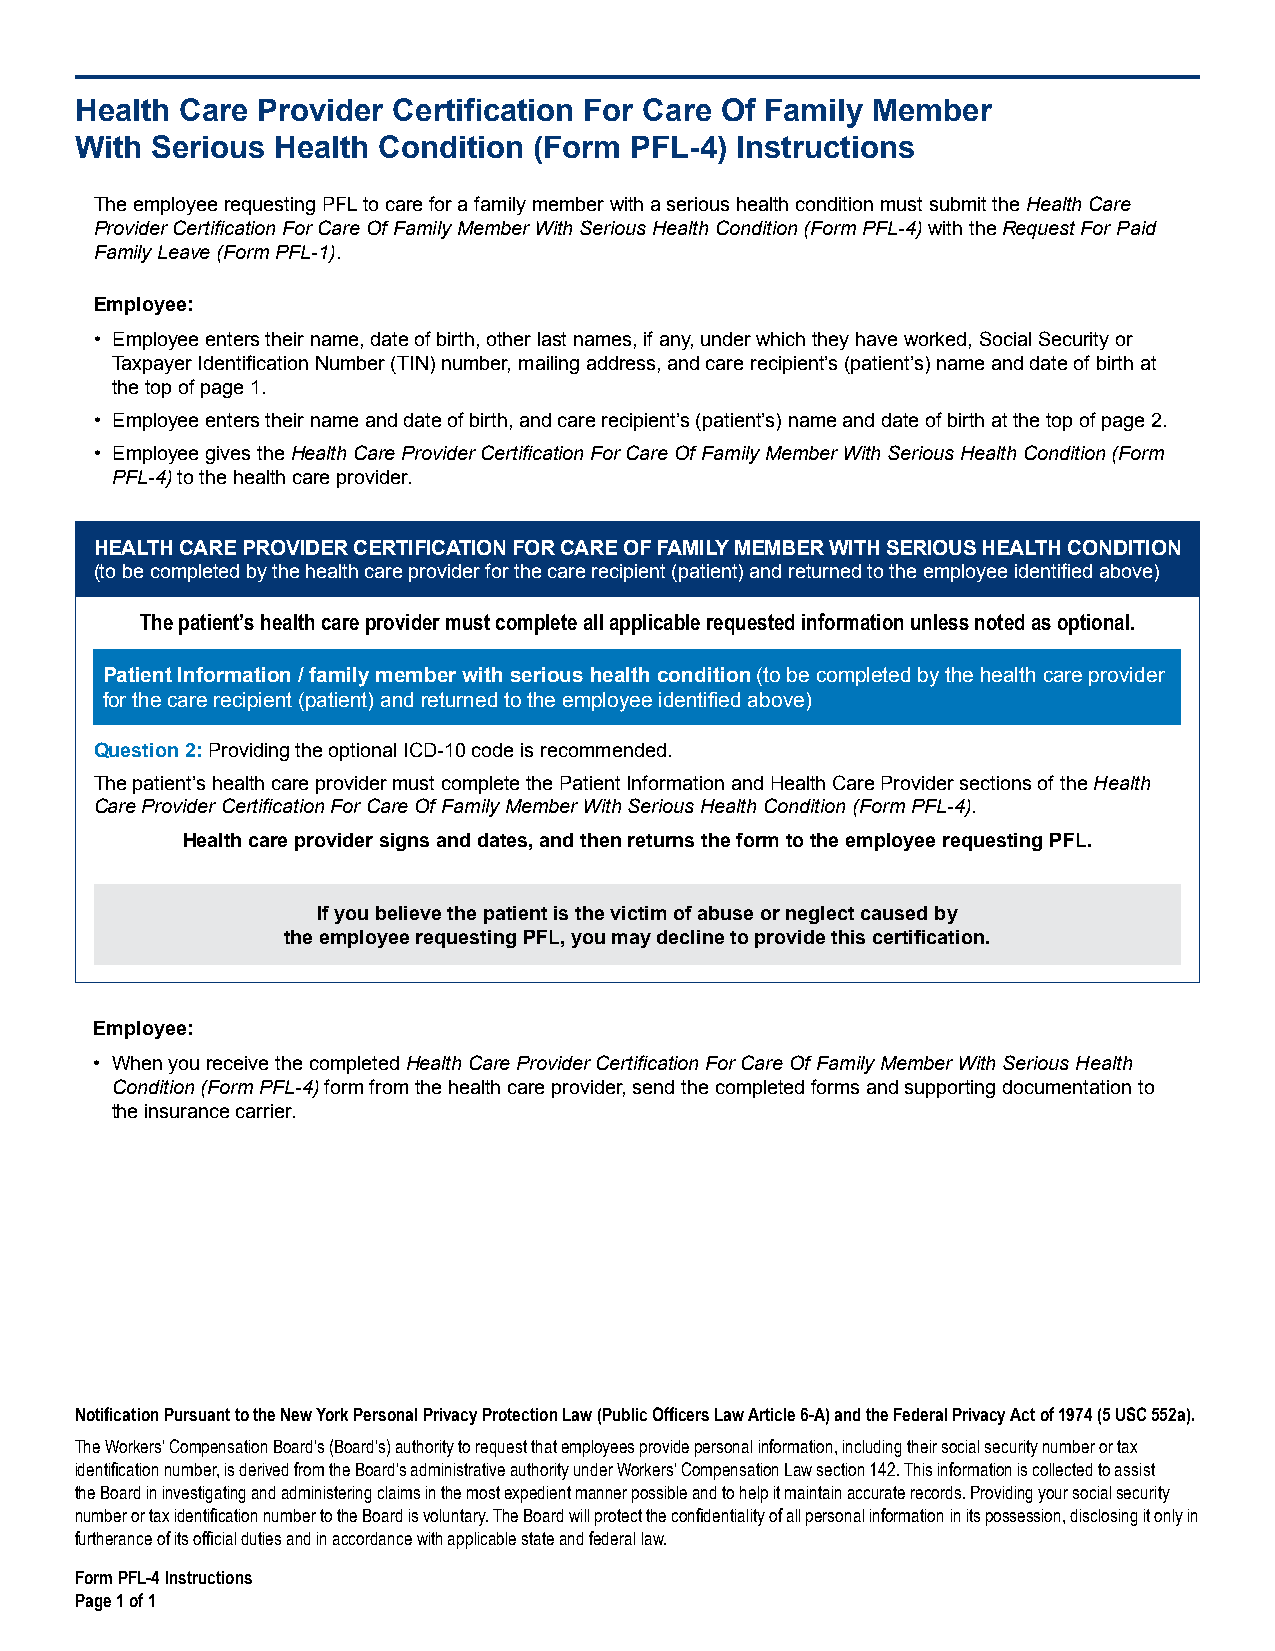
Health Care Provider Certification For Care Of Family Member
 With Serious Health Condition (Form  PFL-4) Instructions
 The employee requesting PFL to care for a family member with a serious health condition must submit the Health Care
 Provider Certification For Care Of Family Member With Serious Health Condition (Form PFL-4) with the Request For Paid
 Family Leave (Form PFL-1).
 Employee:
 • Employee enters their name, date of birth, other last names, if any, under which they have worked, Social Security or
 Taxpayer Identification Number (TIN) number, mailing address, and care recipient’s (patient’s) name and date of birth at
 the top of page 1.
 • Employee enters their name and date of birth, and care recipient’s (patient’s) name and date of birth at the top of page 2.
 • Employee gives the Health Care Provider Certification For Care Of Family Member With Serious Health Condition (Form
 PFL-4) to the health care provider.
 HEALTH CARE PROVIDER CERTIFICATION FOR CARE OF FAMILY MEMBER WITH SERIOUS HEALTH CONDITION
 (to be completed by the health care provider for the care recipient (patient) and returned to the employee identified above)
 The patient’s health care provider must complete all applicable requested information unless noted as optional.
 Patient Information / family member with serious health condition (to be completed by the health care provider
 for the care recipient (patient) and returned to the employee identified above)
 Question 2: Providing the optional ICD-10 code is recommended.
 The patient’s health care provider must complete the Patient Information and Health Care Provider sections of the Health
 Care Provider Certification For Care Of Family Member With Serious Health Condition (Form PFL-4).
 Health care provider signs and dates, and then returns the form to the employee requesting PFL.
 If you believe the patient is the victim of abuse or neglect caused by
 the employee requesting PFL, you may decline to provide this certification.
 Employee:
 • When you receive the completed Health Care Provider Certification For Care Of Family Member With Serious Health
 Condition (Form PFL-4) form from the health care provider, send the completed forms and supporting documentation to
 the insurance carrier.
 Notification Pursuant to the New York Personal Privacy Protection Law (Public Officers Law Article 6-A) and the Federal Privacy Act of 1974 (5 USC 552a).
 The Workers’ Compensation Board’s (Board’s) authority to request that employees provide personal information, including their social security number or tax
 identification number, is derived from the Board’s administrative authority under Workers’ Compensation Law section 142. This information is collected to assist
 the Board in investigating and administering claims in the most expedient manner possible and to help it maintain accurate records. Providing your social security
 number or tax identification number to the Board is voluntary. The Board will protect the confidentiality of all personal information in its possession, disclosing it only in
 furtherance of its official duties and in accordance with applicable state and federal law.
 Form PFL-4 Instructions
 Page 1 of 1